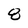
Character: 8